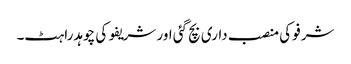
شرفو کی منصب داری بچ گئی اور شریفو کی چوہدراہٹ۔